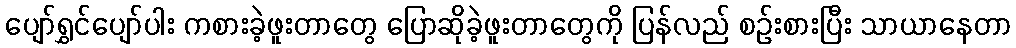
ပျော်ရွှင်ပျော်ပါး ကစားခဲ့ဖူးတာတွေ ပြောဆိုခဲ့ဖူးတာတွေကို ပြန်လည် စဉ်းစားပြီး သာယာနေတာ